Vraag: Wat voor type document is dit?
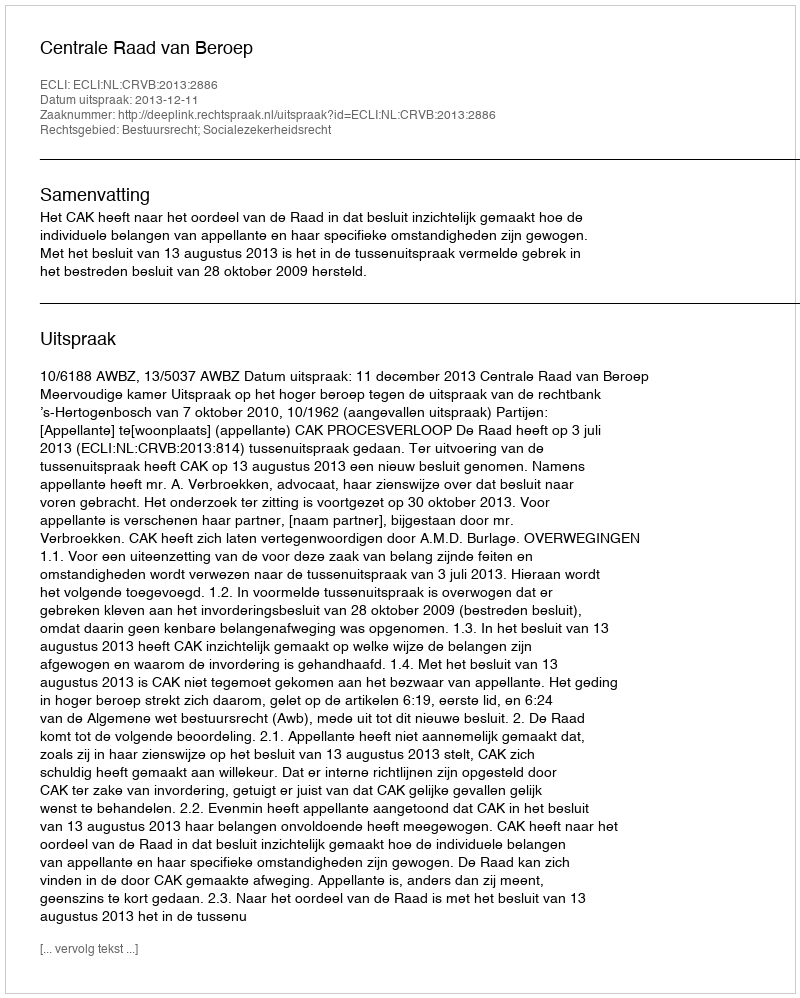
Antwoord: Uitspraak